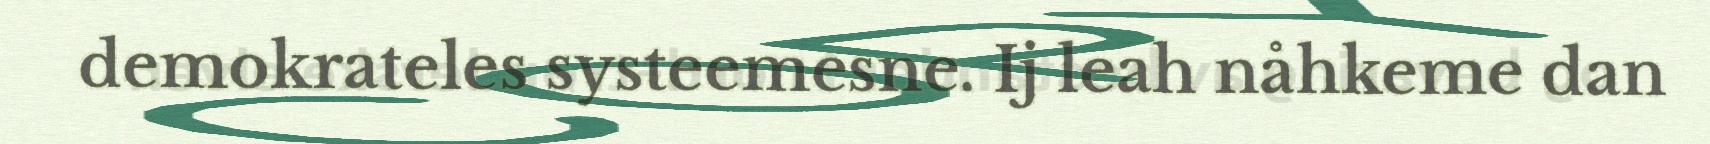
demokrateles systeemesne. Ij leah nåhkeme dan